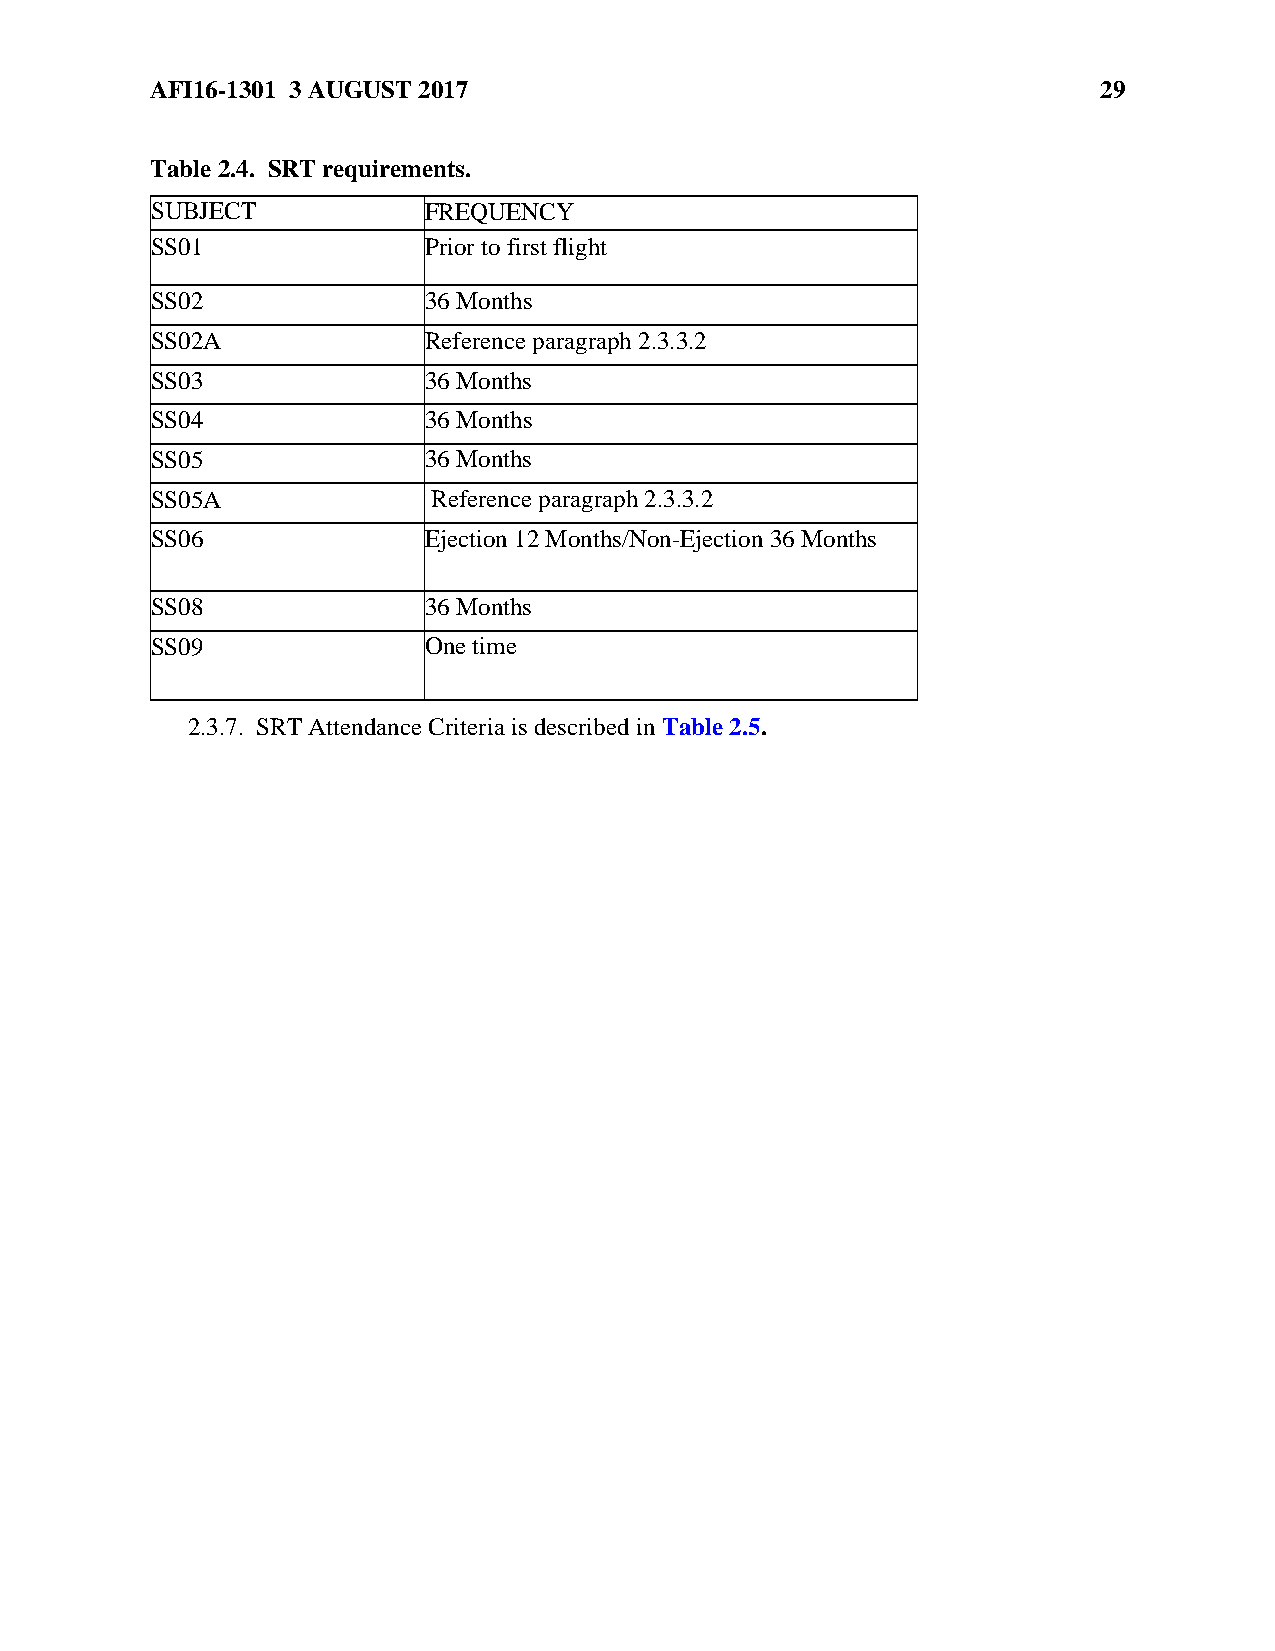
AFI16-1301 3 AUGUST 2017                                       29
 Table 2.4. SRT requirements.
 SUBJECT           FREQUENCY
 SS01              Prior to first flight
 SS02              36 Months
 SS02A             Reference paragraph 2.3.3.2
 SS03              36 Months
 SS04              36 Months
 SS05              36 Months
 SS05A              Reference paragraph 2.3.3.2
 SS06              Ejection 12 Months/Non-Ejection 36 Months
 SS08              36 Months
 SS09              One time
 2.3.7. SRT Attendance Criteria is described in Table 2.5.